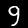
Label: 9